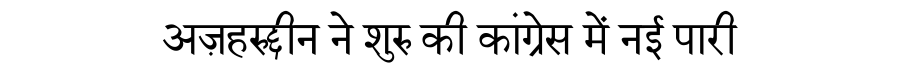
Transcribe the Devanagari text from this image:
अज़हरुद्दीन ने शुरु की कांग्रेस में नई पारी